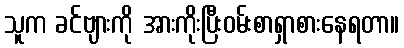
သူက ခင်ဗျားကို အားကိုးပြီးဝမ်းစာရှာစားနေရတာ။